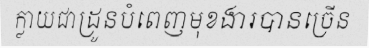
ក្លាយជាដ្រូនបំពេញមុខងារបានច្រើន